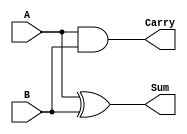

//Circuit for a half adder using Data Flow level implementation
module HalfAdderGateLevel(A,B,Sum,Carry);
input A,B;
output Sum,Carry;

assign Sum=A ^ B;
assign Carry=A & B;

endmodule